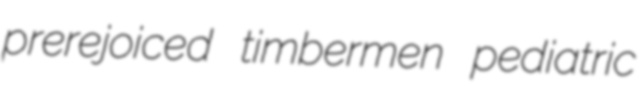
prerejoiced timbermen pediatric